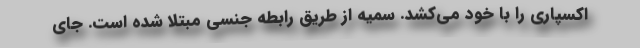
اکسپاری را با خود می‌کشد. سمیه از طریق رابطه جنسی مبتلا شده است. جای